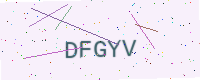
Text: DFGYV